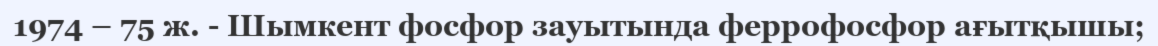
1974 – 75 ж. - Шымкент фосфор зауытында феррофосфор ағытқышы;